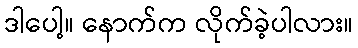
ဒါပေါ့။ နောက်က လိုက်ခဲ့ပါလား။